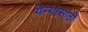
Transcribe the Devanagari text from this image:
येन्यासाठी